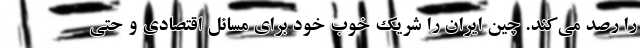
را رصد می‌کند. چین ایران را شریک خوب خود برای مسائل اقتصادی و حتی